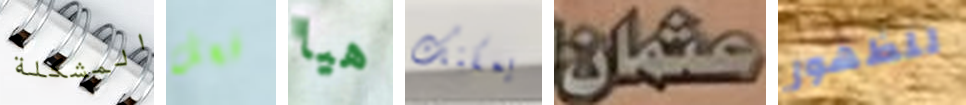
المشكلة فعل هيا يمكنك عثمان للظهور